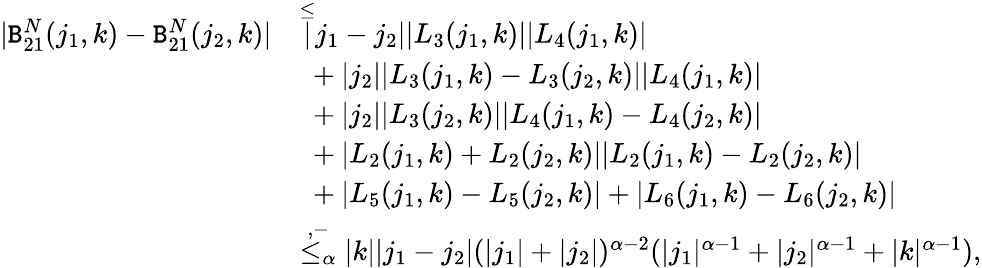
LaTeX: \begin{array}{rl}{|\mathtt{B}_{21}^{N}(j_{1},k)-\mathtt{B}_{21}^{N}(j_{2},k)|}&{\overset\le|j_{1}-j_{2}||L_{3}(j_{1},k)||L_{4}(j_{1},k)|}\\ &{\ +|j_{2}||L_{3}(j_{1},k)-L_{3}(j_{2},k)||L_{4}(j_{1},k)|}\\ &{\ +|j_{2}||L_{3}(j_{2},k)||L_{4}(j_{1},k)-L_{4}(j_{2},k)|}\\ &{\ +|L_{2}(j_{1},k)+L_{2}(j_{2},k)||L_{2}(j_{1},k)-L_{2}(j_{2},k)|}\\ &{\ +|L_{5}(j_{1},k)-L_{5}(j_{2},k)|+|L_{6}(j_{1},k)-L_{6}(j_{2},k)|}\\ &{\overset{,-}{\le_{\alpha}}|k||j_{1}-j_{2}|(|j_{1}|+|j_{2}|)^{\alpha-2}(|j_{1}|^{\alpha-1}+|j_{2}|^{\alpha-1}+|k|^{\alpha-1}),}\end{array}